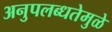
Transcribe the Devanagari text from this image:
अनुपलब्धतेमुळे